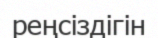
реңсіздігін